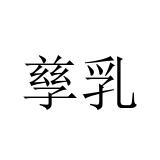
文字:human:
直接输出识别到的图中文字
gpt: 孳乳